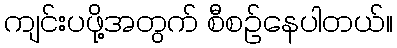
ကျင်းပဖို့အတွက် စီစဉ်နေပါတယ်။